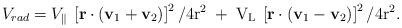
LaTeX: \begin{align*}V_{rad} = V_{\|}\:\left[\bf r \cdot \left(v_{\rm 1 } + v_{\rm 2} \right)\right]^{\rm 2} / 4 \rm r^{2} \; + \; V_{L} \:\left[\bf r \cdot \left(v_{\rm 1} - v_{\rm 2} \right) \right]^{\rm 2} / 4 \rm r^{2}.\end{align*}